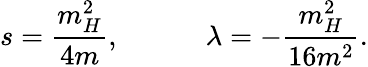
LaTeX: s=\frac{m_{H}^{2}}{4m},\quad\quad\quad\lambda=-\frac{m_{H}^{2}}{16m^{2}}.